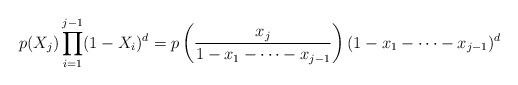
LaTeX: \begin{align*} p(X_j)\prod_{i=1}^{j-1}(1-X_i)^d = p\left( \frac{x_j}{1-x_1-\cdots-x_{j-1}}\right)(1-x_1-\cdots-x_{j-1})^d\end{align*}